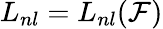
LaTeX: L_{nl}=L_{nl}(\mathcal{F})